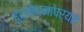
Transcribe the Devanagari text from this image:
दुर्योधनापर्यंत